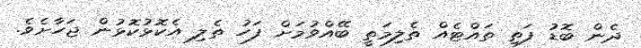
ދެން ބޮޑު ފަތި ތައްޓެއް ތެލިމަތީ ބޭއްވުމަށް ފަހު ތެލި އެކޮޅުކޮޅުން ޖަހާށެވެ.